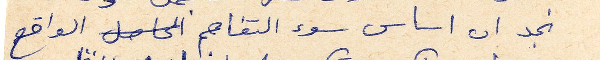
نجد ان اساس سوء التقاهم الحاصل الواقع